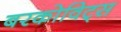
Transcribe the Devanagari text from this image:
बरकोविट्स